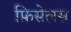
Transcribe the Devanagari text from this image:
फ़िसेलस